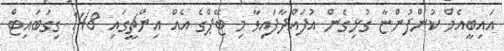
އައިބީއެމް ކުންފުންޏާ ގުޅިގެން އުފައްދާފައިވާ މި ޓޭޕްގެ އެއް އިންޗީގައި 148 ގިގަބައިޓް